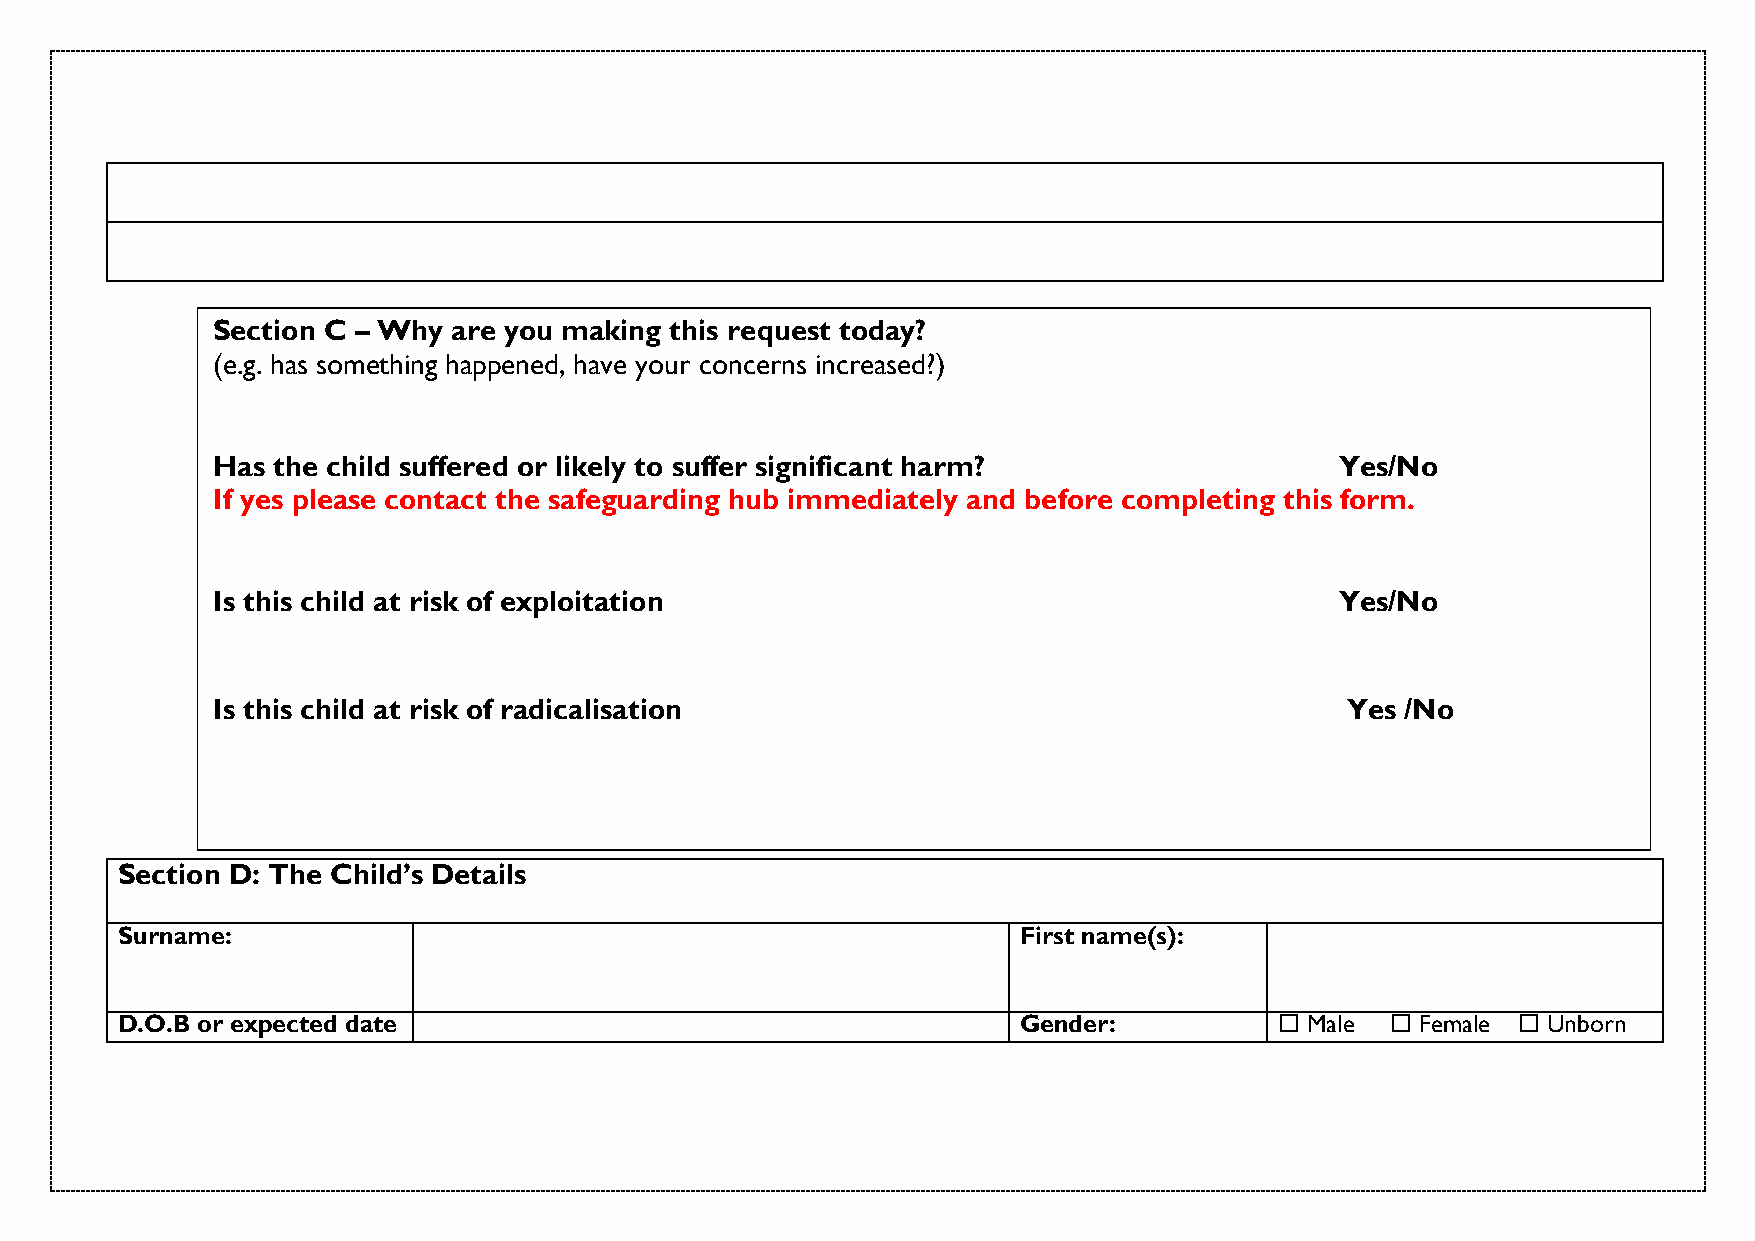
Section C – Why are you making this request today?
 (e.g. has something happened, have your concerns increased?)
 Has the child suffered or likely to suffer significant harm?               Yes/No
 If yes please contact the safeguarding hub immediately and before completing this form.
 Is this child at risk of exploitation                                      Yes/No
 Is this child at risk of radicalisation                                    Yes /No
 Section D: The Child’s Details
 Surname:                                                    First name(s):
 D.O.B or expected date                                      Gender:           Male  Female  Unborn